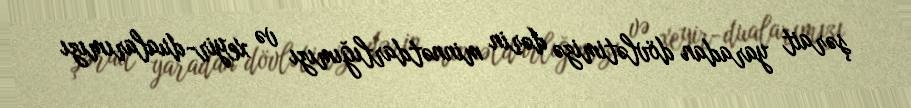
şərait yaradan dövlətimizə dərin minnətdarlığımızı və xeyir-dualarımızı